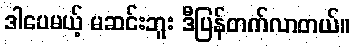
ဒါပေမယ့် မဆင်းဘူး ဒီပြန်တက်လာတယ်။